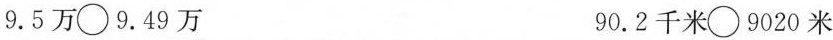
9.5万\circ 9.49万 90.2千米\circ 9020米